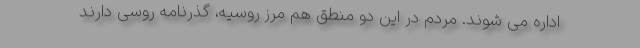
اداره می شوند. مردم در این دو منطق هم مرز روسیه، گذرنامه روسی دارند